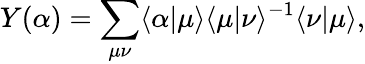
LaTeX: Y(\alpha)=\sum_{\mu\nu}\langle\alpha|\mu\rangle\langle\mu|\nu\rangle^{-1}\langle\nu|\mu\rangle,